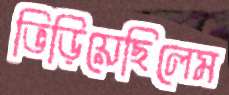
ভিড়িয়েছিলেম